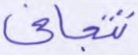
تتجافى